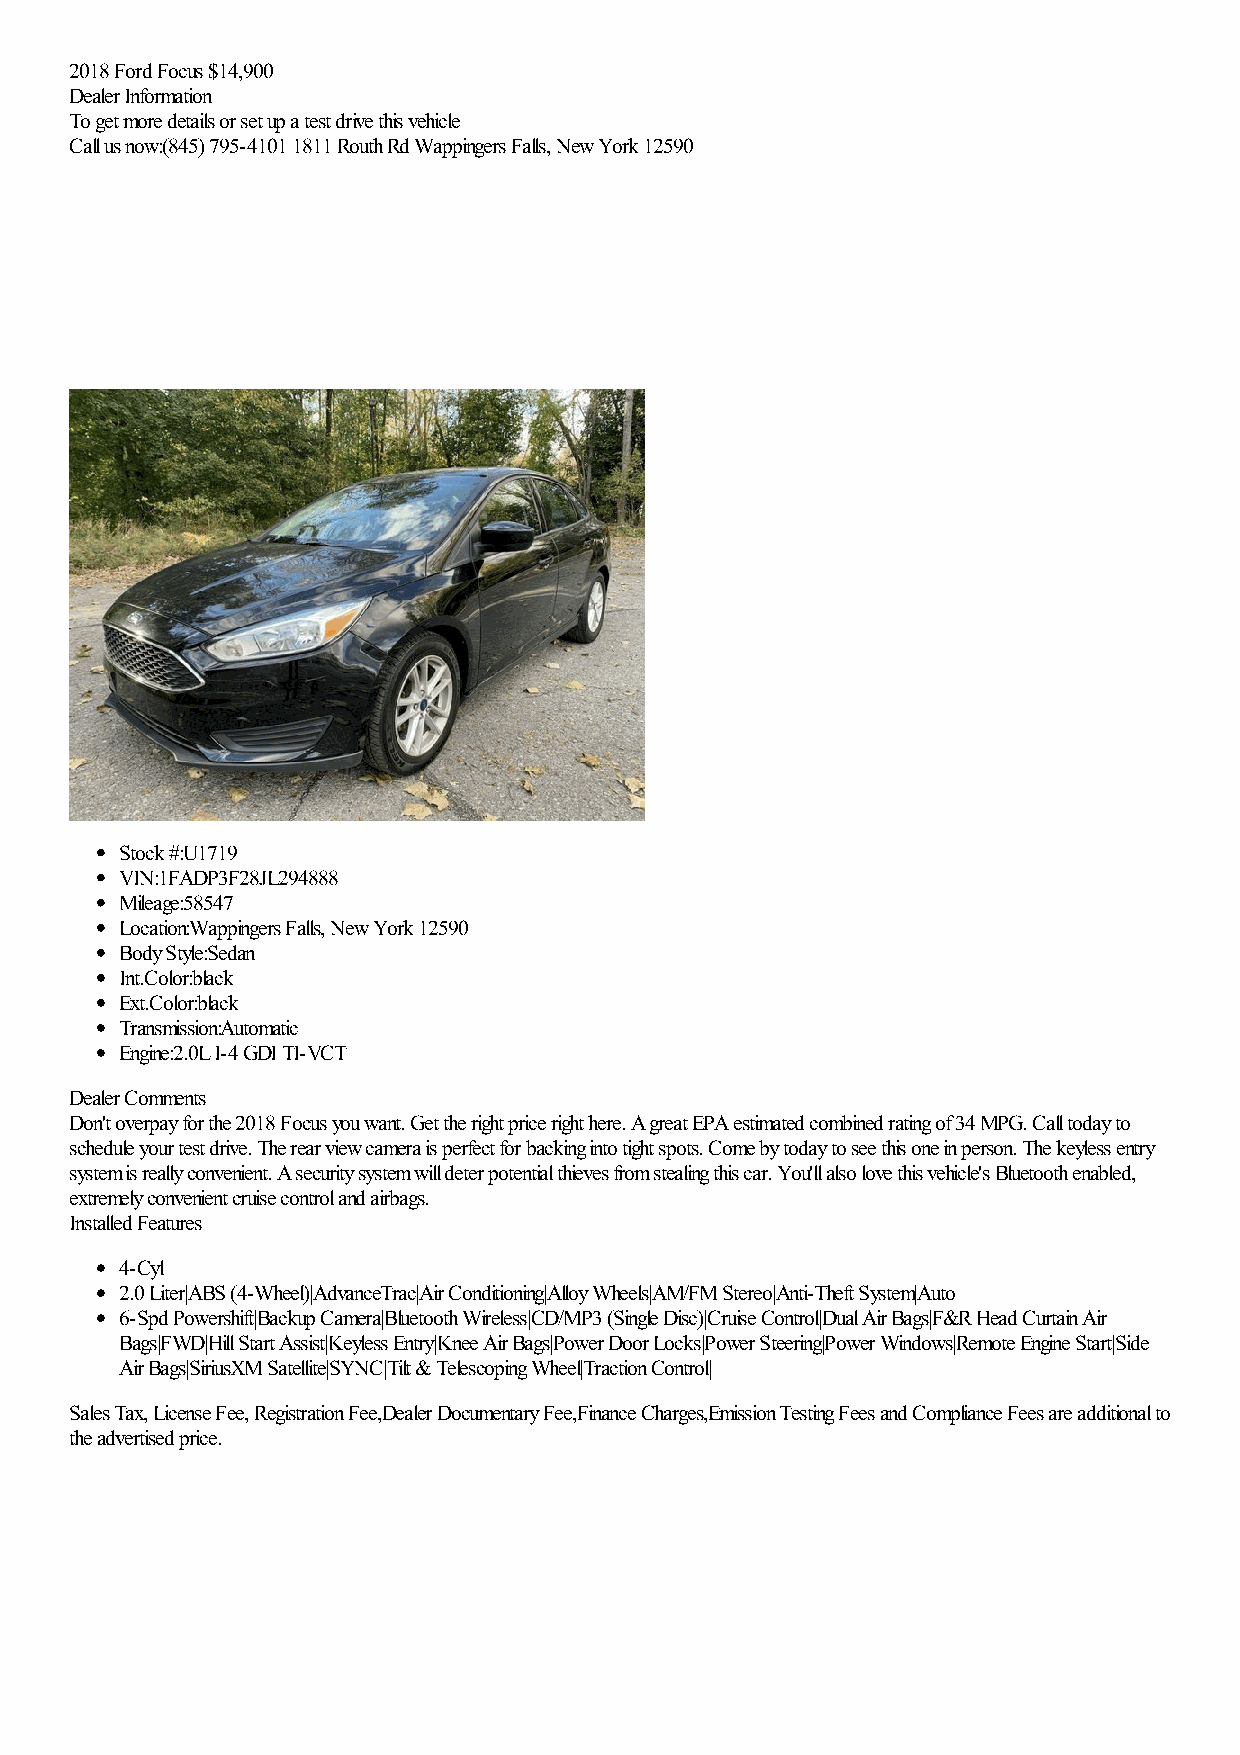
2018 Ford Focus $14,900
 Dealer Information
 To get more details or set up a test drive this vehicle
 Call us now:(845) 795-4101 1811 Routh Rd Wappingers Falls, New York 12590
 Stock #:U1719
 VIN:1FADP3F28JL294888
 Mileage:58547
 Location:Wappingers Falls, New York 12590
 Body Style:Sedan
 Int.Color:black
 Ext.Color:black
 Transmission:Automatic
 Engine:2.0L I-4 GDI TI-VCT
 Dealer Comments
 Don't overpay for the 2018 Focus you want. Get the right price right here. A great EPA estimated combined rating of 34 MPG. Call today to
 schedule your test drive. The rear view camera is perfect for backing into tight spots. Come by today to see this one in person. The keyless entry
 system is really convenient. A security system will deter potential thieves from stealing this car. You'll also love this vehicle's Bluetooth enabled,
 extremely convenient cruise control and airbags.
 Installed Features
 4-Cyl
 2.0 Liter|ABS (4-Wheel)|AdvanceTrac|Air Conditioning|Alloy Wheels|AM/FM Stereo|Anti-Theft System|Auto
 6-Spd Powershift|Backup Camera|Bluetooth Wireless|CD/MP3 (Single Disc)|Cruise Control|Dual Air Bags|F&R Head Curtain Air
 Bags|FWD|Hill Start Assist|Keyless Entry|Knee Air Bags|Power Door Locks|Power Steering|Power Windows|Remote Engine Start|Side
 Air Bags|SiriusXM Satellite|SYNC|Tilt & Telescoping Wheel|Traction Control|
 Sales Tax, License Fee, Registration Fee,Dealer Documentary Fee,Finance Charges,Emission Testing Fees and Compliance Fees are additional to
 the advertised price.